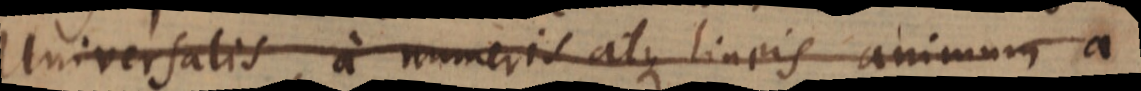
Universalis, a numeris atque lineis animum a